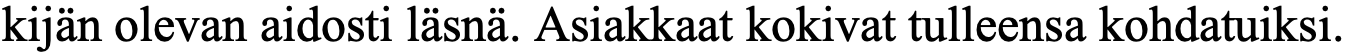
kijän olevan aidosti läsnä. Asiakkaat kokivat tulleensa kohdatuiksi.